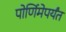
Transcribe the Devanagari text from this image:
पोर्णिमेपर्यंत